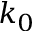
k _ { 0 }